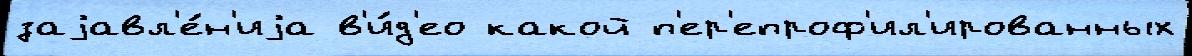
заjавл'е́н'иjа в'и́д'ео какой п'ер'епроф'ил'ированных